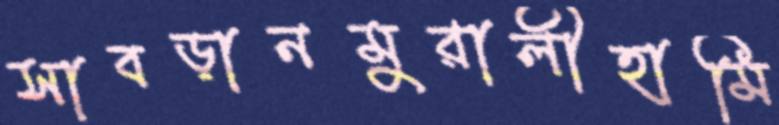
সাবড়ানমুরালীহামি